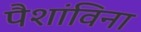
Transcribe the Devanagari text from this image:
पैशांविना